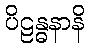
ပိဠန္ဓနာနိ